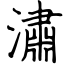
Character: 潚